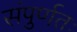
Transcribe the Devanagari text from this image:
संपुर्णतः